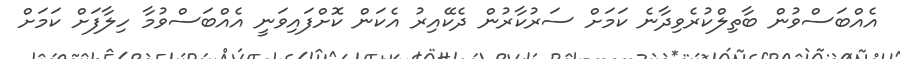
އެއްބަސްވުން ބާތިލްކުރެވިދާނެ ކަމަށް ސަރުކާރުން ދެކޭއިރު އެކަން ކޮށްފައިވަނީ އެއްބަސްވުމާ ހިލާފަށް ކަމަށް